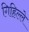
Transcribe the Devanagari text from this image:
गिहिल्ले